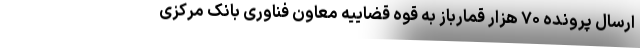
ارسال پرونده ۷۰ هزار قمارباز به قوه قضاییه معاون فناوری بانک مرکزی